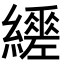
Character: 𦇈